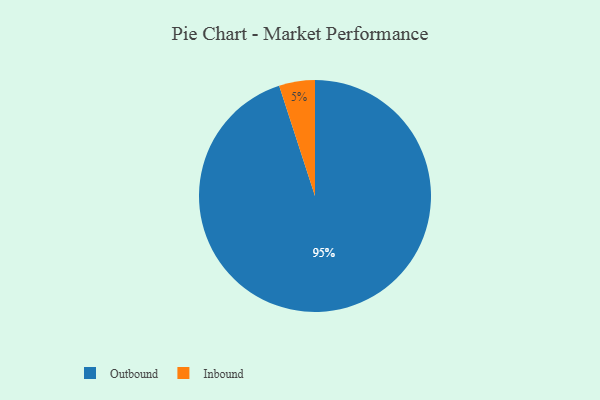
{"axis": {"x": "Category", "y": "Percentage"}, "legend": ["Inbound", "Outbound"], "data": [{"x": "Inbound", "y": 5, "type": "Inbound"}, {"x": "Outbound", "y": 95, "type": "Outbound"}]}